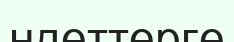
ндеттерге